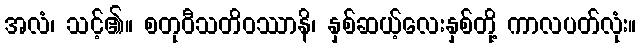
အလံ၊ သင့်၏။ စတုဝီသတိဝဿာနိ၊ နှစ်ဆယ့်လေးနှစ်တို့ ကာလပတ်လုံး။